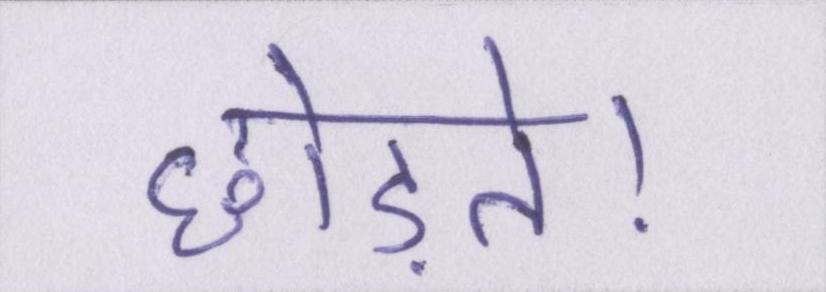
छोड़ते।